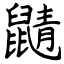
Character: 鼱